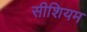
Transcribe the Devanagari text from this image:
सीशियम